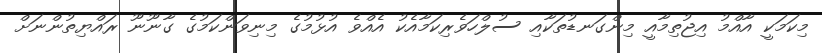
މިކަމަކީ އާއްމު އިޖުތިމާއީ މިންގަނޑުތަކާއި ސުލްހަވެރިކަމާއެކު އެއްވެ އުޅުމުގެ މިނިވަންކަމުގެ ގާނޫނޫ ރައްޔިތުންނަށް